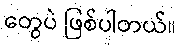
တွေပဲ ဖြစ်ပါတယ်။